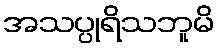
အသပ္ပုရိသဘူမိ